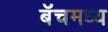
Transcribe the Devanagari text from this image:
बॅचमध्य